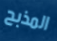
المذبح